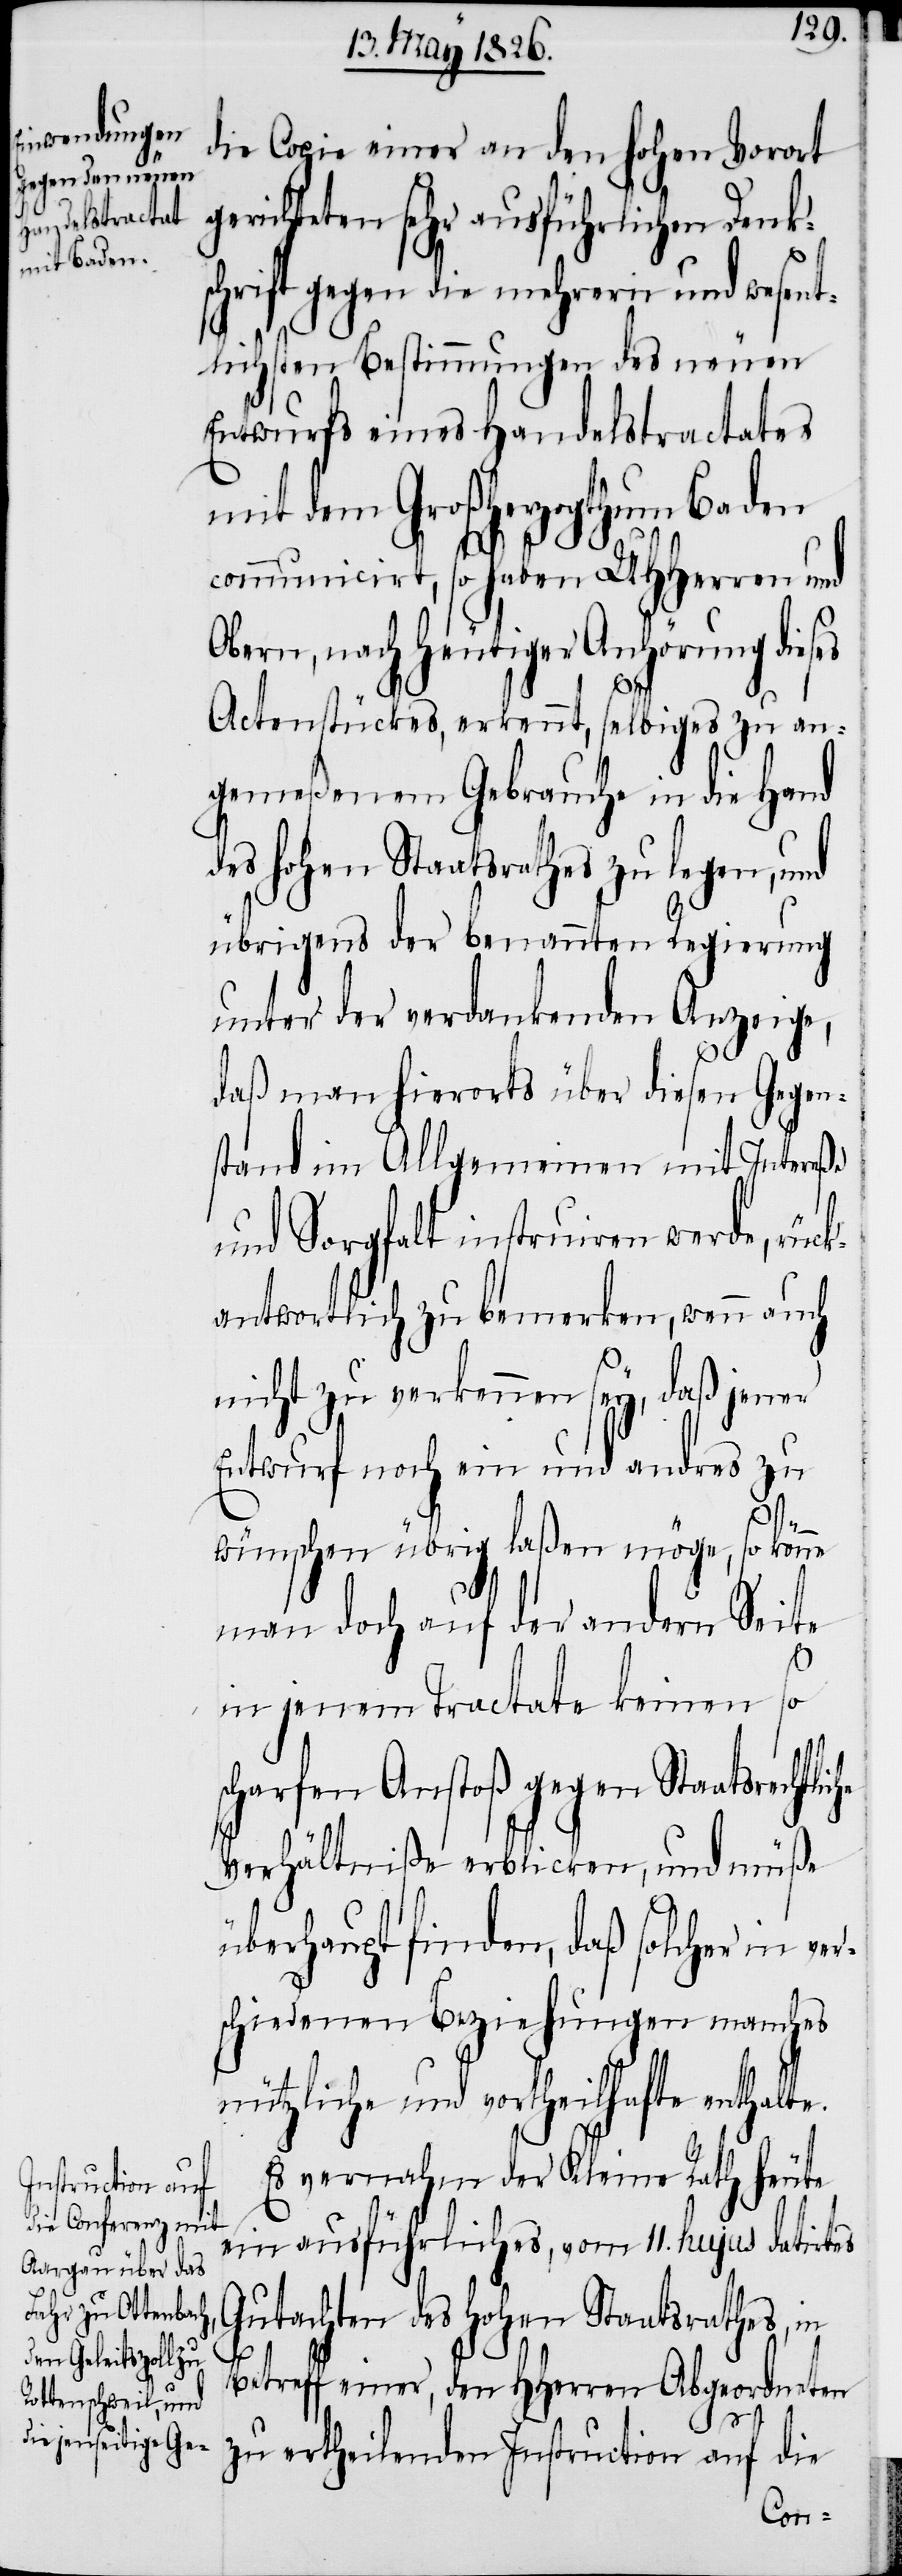
die Copie einer an den hohen Vorort
gerichteten sehr ausführlichen Denk¬
schrift gegen die mehrern und wesent¬
lichsten Bestimmungen des neuen
Entwurfs eines Handelstractates
mit dem Großherzogthum Baden
communicirt, so haben UHHerren und
Obern, nach heutiger Anhörung dieses
i¬
Actenstückes, erkennt, selbiges zu an¬
gemeßenem Gebrauche in die Hand
des hohen Staatsrathes zu legen, und
übrigens der benannten Regierung
unter der verdankenden Anzeige,
daß man hierorts über diesen Gegen¬
stand im Allgemeinen mit Intereße
che
und Sorgfalt instruiren werde, rück¬
antwortlich zu bemerken, wenn auch
nicht zu verkennen sey, daß jener
Entwurf noch ein und andres zu
wünschen übrig laßen möge, so könne
man doch auf der andern Seite
r¬
in jenem Tractate keinen so
scharfen Anstoß gegen Staatsrechtl¬
Verhältniße erblicken, und müße
überhaupt finden, daß solcher in ve¬
schiedenen Beziehungen manches
nützliche und vortheilhafte enthalte.
Es vernahm der Kleine Rath heute
ein ausführliches, vom 11. hujus datirtes
Gutachten des hohen Staatsrathes,
Betreff einer, den Herren Abgeordneten
zu ertheilenden Instruction auf die